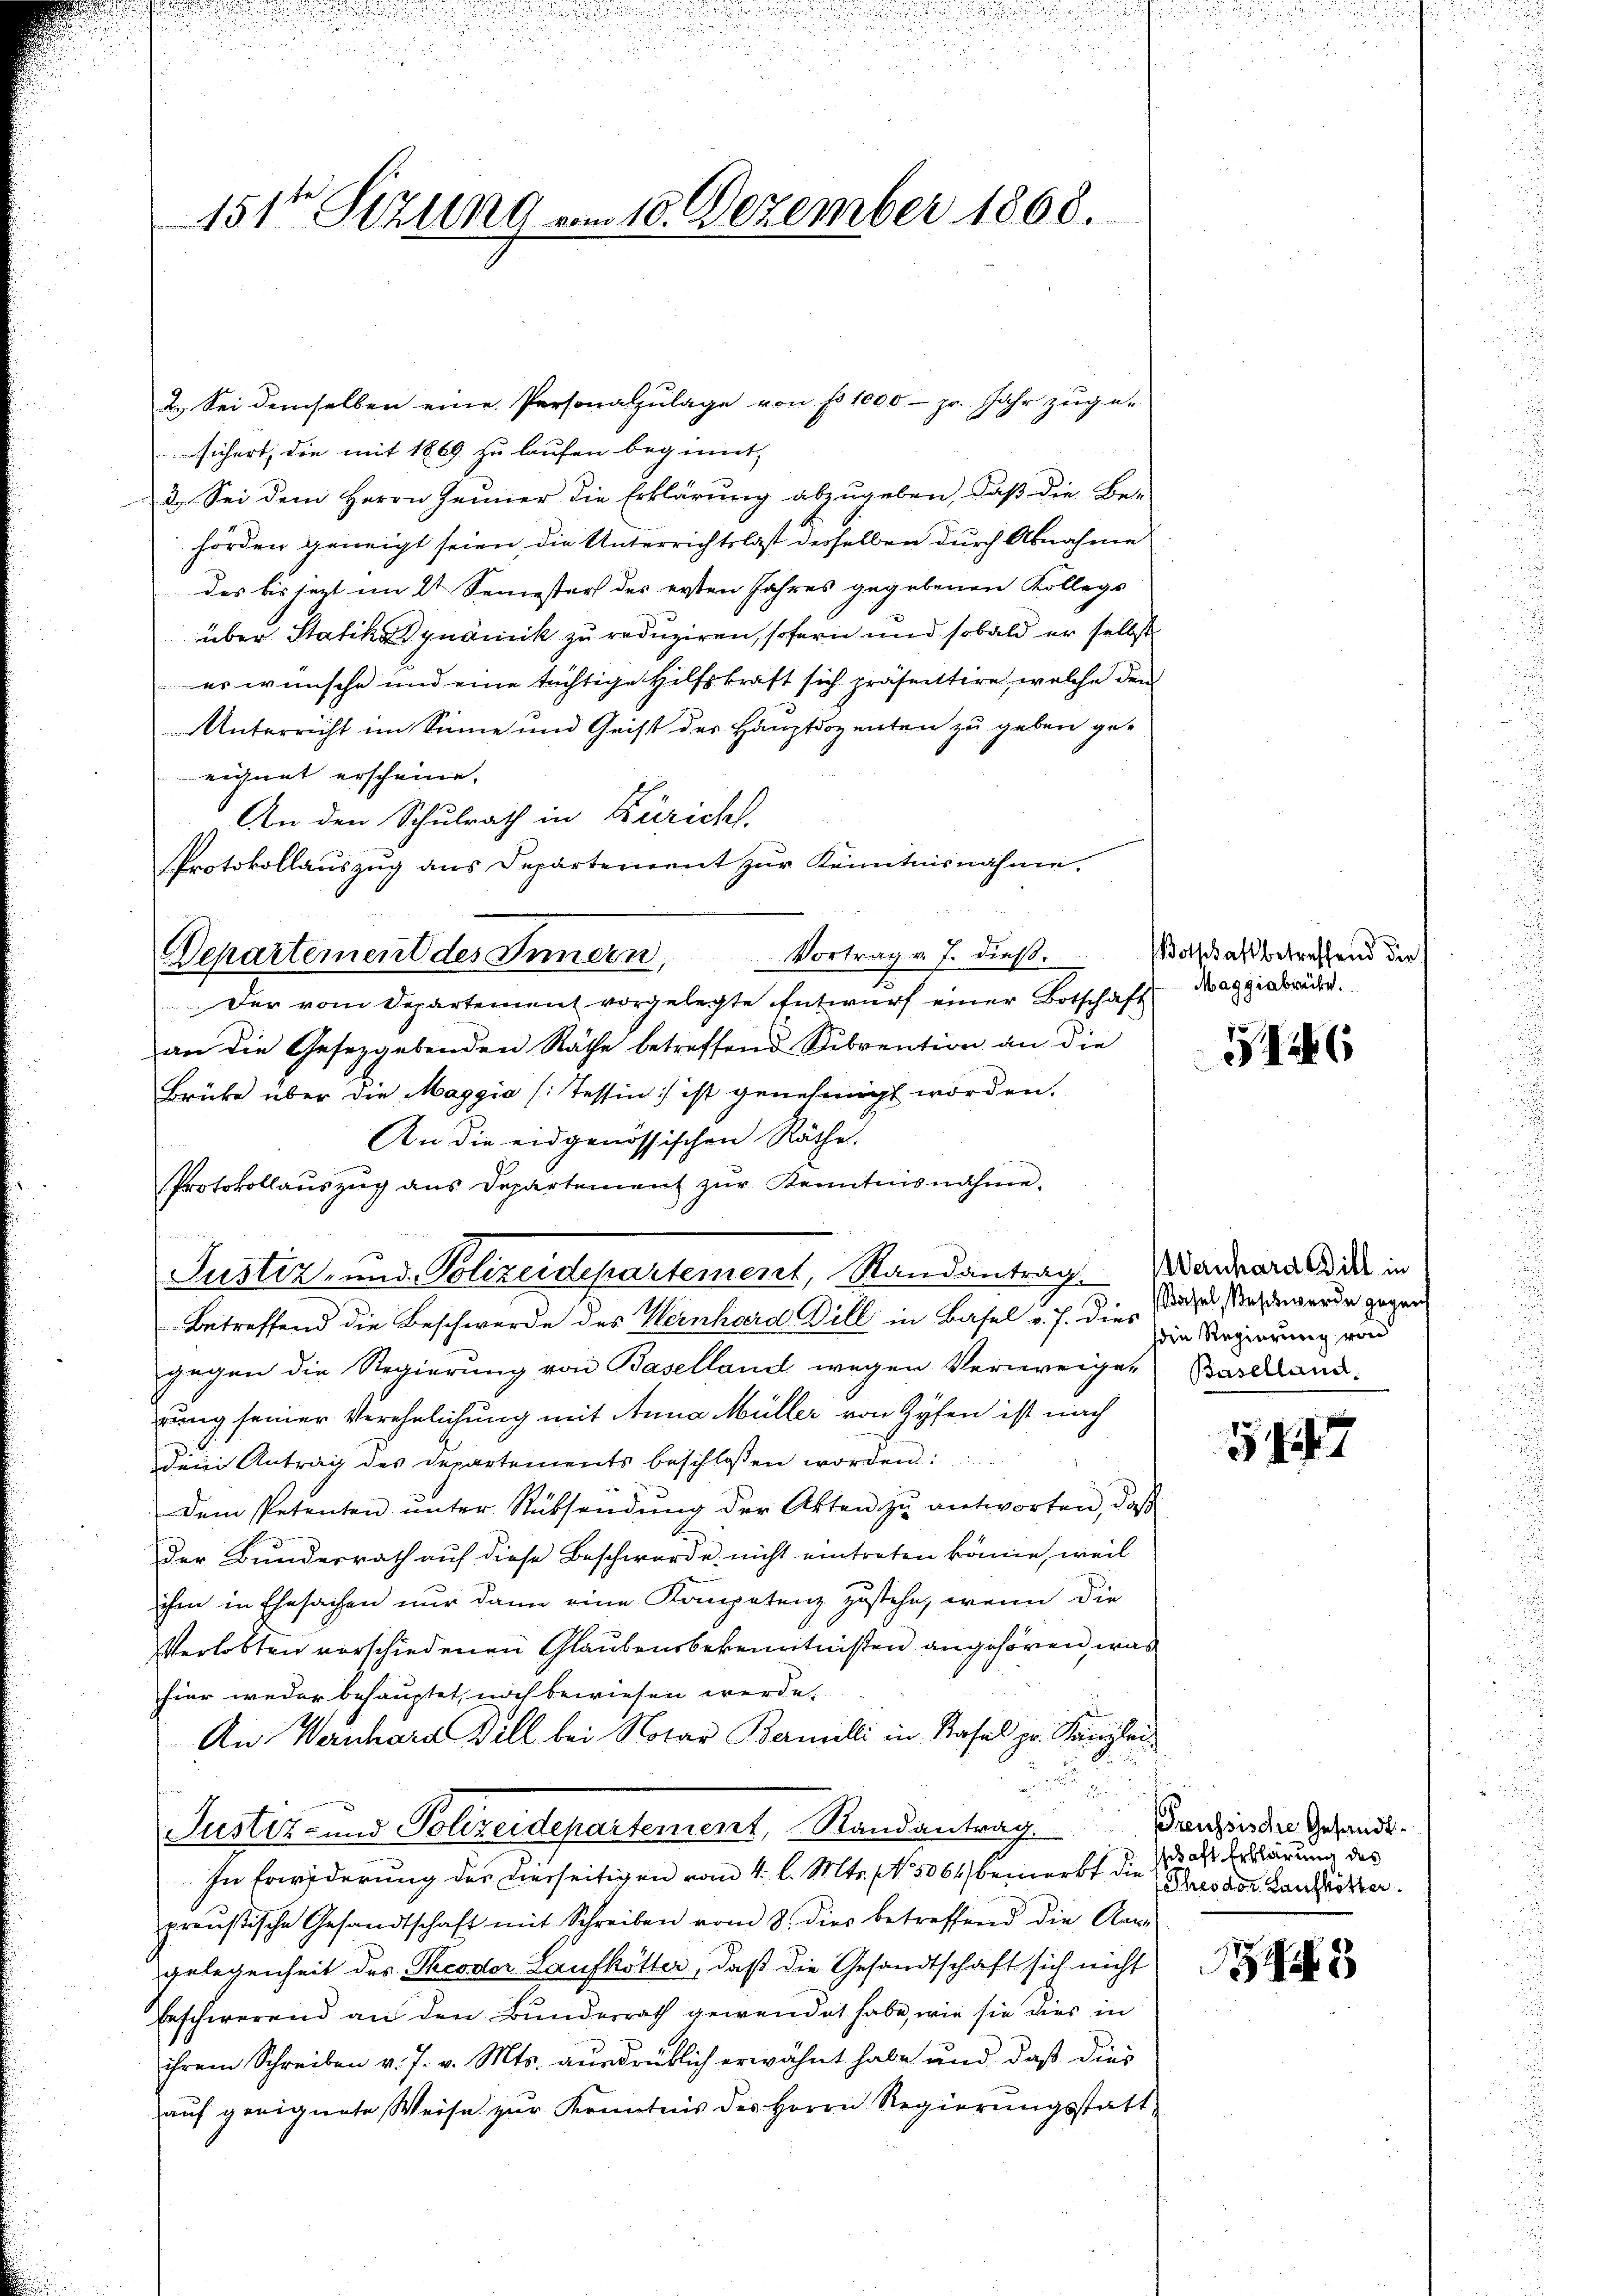
151ten Sizung am 18. Dezember 1868.

2.) Sei demselben eine Personalzulage von fo 1000 - pr. Jahr zuge-
sichert, die mit 1869 zu laufen beginnt,
3. Sei dem Herrn Heiner die Erklärung abzugeben, daß die Behörden geneigt seien, die Unterrichtslast derselben durch Abnahme
des bis jetzt im 2t Semesters des ersten Jahres gegebenen Kollegs
über Statik dynamik zu reduziren, sofern und sobald er selbst
was wünsche und eine tüchtige Hilfskraft sich präsentire, welche den
Unterricht im Sinne und Geist des Hauptdozenten zu geben ge-
eignet erscheine.
An den Schulrath in Züricht.
sprotokollauszug aus Departement zur Kenntnisnahme.
Der vom Departement vorgelegte Entwurf einer Botschaft Maggiabrücke.
an die Gesetzgebenden Räthe betreffend Subvention an die
Brüke über die Maggia (Tessin ist genehmigt worden.
An die eidgenössischen Räthe.
Protokollauszug aus Departement zŭr Kenntnisnahme.
Betreffend die Beschwerde des Weinhard Bill in Basel v. J. die Satzes sind werde gegen
gegen die Regierung von Baselland wegen Verweiger Barcland.
rung seiner Verehelichung mit Anna Müller von Zyfen ist nach
Dein Antrag des Departements beschlossen worden:
Dem Petenten ŭnter Rüksendŭng der Akten zŭ antworten, daβ
Der Bunderrath auf diese Beschwerde nicht eintreten könne, weil
ihm in Ehesachen nur dann eine Kompetenz zustehe, wenn die
Verlobten verschiedenen Glaubensbekenntnißen angehören, was
hier weder behauptet, noch bewiesen werde.
An Wernhard Will bei Notar Bernelli in Basel pr. Kanzlei

d
u
Justiz- und Polizeidepartement, Randantrag anzen der Gesandt¬
In Erwiderung des verseitigen vom 4. l. Mts. No 5064) bemerkt die das Erklärung des
preußische Gesandtschaft mit Schreiben vom 8. dies betreffend die An-
gelegenheit des Theodor Laufkötter, daß die Gesandtschaft sich nicht
Erschwerend an den Bunderrath gewendet habe, wie sie dies in
ihrem Schreiben v. J. v. Mts. ausdrüklich erwähnt habe und daß dies
auf geeignete Weise zur Kenntnis des Herrn Regierŭngsstatt-

Departement des Innern, Vortrag v. J. dieβ.

Justiz- und Polizeidepartement, Randantrag. Warrard der in

Botschaft betreffend die

346

die Regierung von

547

Theodor Hauskötter

345